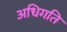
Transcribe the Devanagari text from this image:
अधिगति